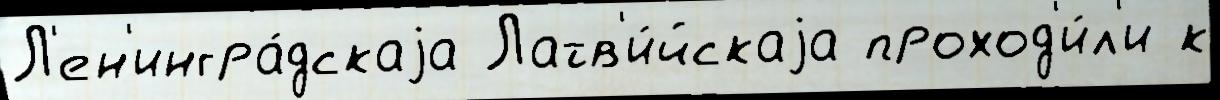
Л'ен'ингра́дскаjа Латв'и́йскаjа проход'и́л'и к